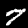
Label: 7